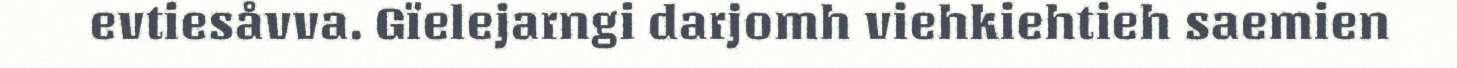
evtiesåvva. Gïelejarngi darjomh viehkiehtieh saemien